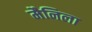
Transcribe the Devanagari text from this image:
मैनिला